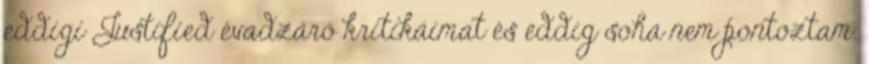
eddigi Justified évadzáró kritikáimat és eddig soha nem pontoztam.